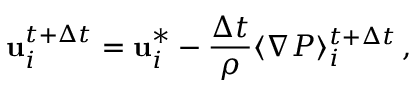
\mathbf { u } _ { i } ^ { t + \Delta t } = \mathbf { u } _ { i } ^ { * } - \frac { \Delta t } { \rho } \langle \nabla P \rangle _ { i } ^ { t + \Delta t } \, ,